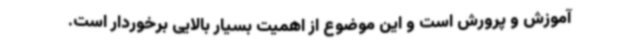
آموزش و پرورش است و این موضوع از اهمیت بسیار بالایی برخوردار است.